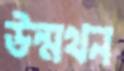
উন্মথন